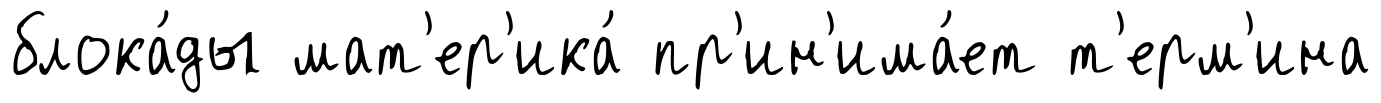
блока́ды мат'ер'ика́ пр'ин'има́ет т'ерм'ина